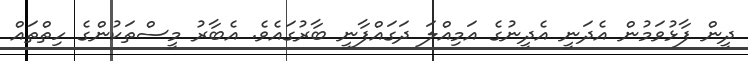
ދީން ފާޅުވަމުން އެދަނީ އެދީނުގެ އަމިއްލަ ދަގައްފާނީ ބާރުގައެވެ. އެބާރު މީސްތަކުންގެ ހިތްތައް